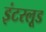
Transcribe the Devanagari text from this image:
इंटरलूड